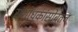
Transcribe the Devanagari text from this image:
संशोधकांसोबतच